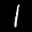
Label: 1